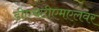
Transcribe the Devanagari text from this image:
डीएचटीएमएलवर